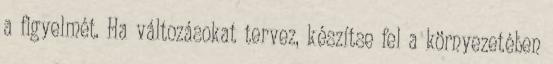
a figyelmét. Ha változásokat tervez, készítse fel a környezetében